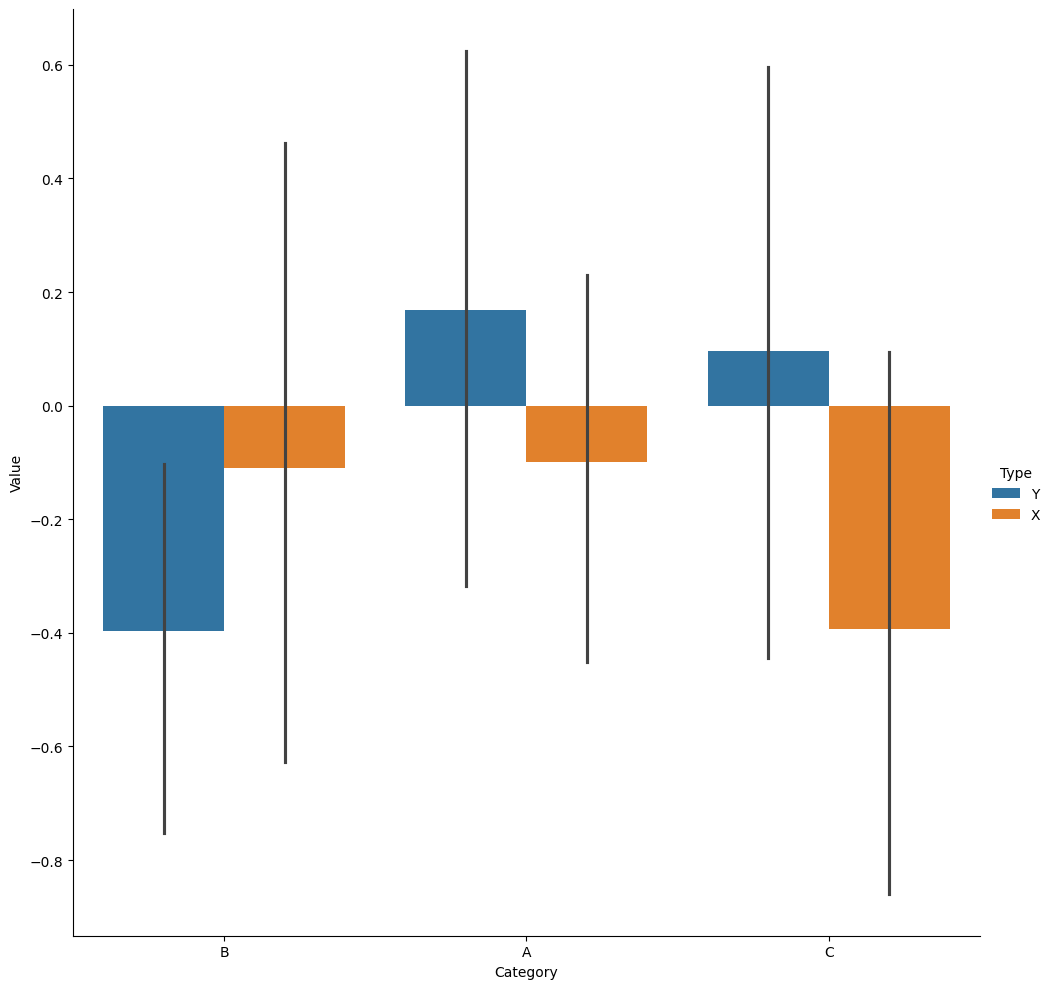
python, seaborn, catplot, kind='bar', height=10, aspect=1